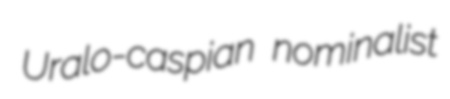
Uralo-caspian nominalist